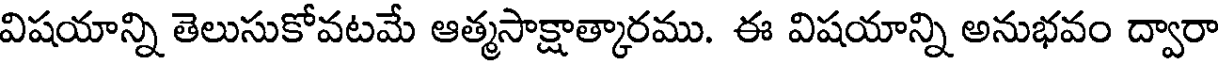
విషయాన్ని తెలుసుకోవటమే ఆత్మసాక్షాత్కారము. ఈ విషయాన్ని అనుభవం ద్వారా